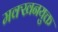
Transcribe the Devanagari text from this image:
मक्खनयुक्त